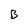
Character: B